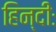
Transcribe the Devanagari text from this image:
हिन्दीः